Report of an investigation into the causes of malaria in Bombay and the measures necessary for its control
Disease focus: Malaria
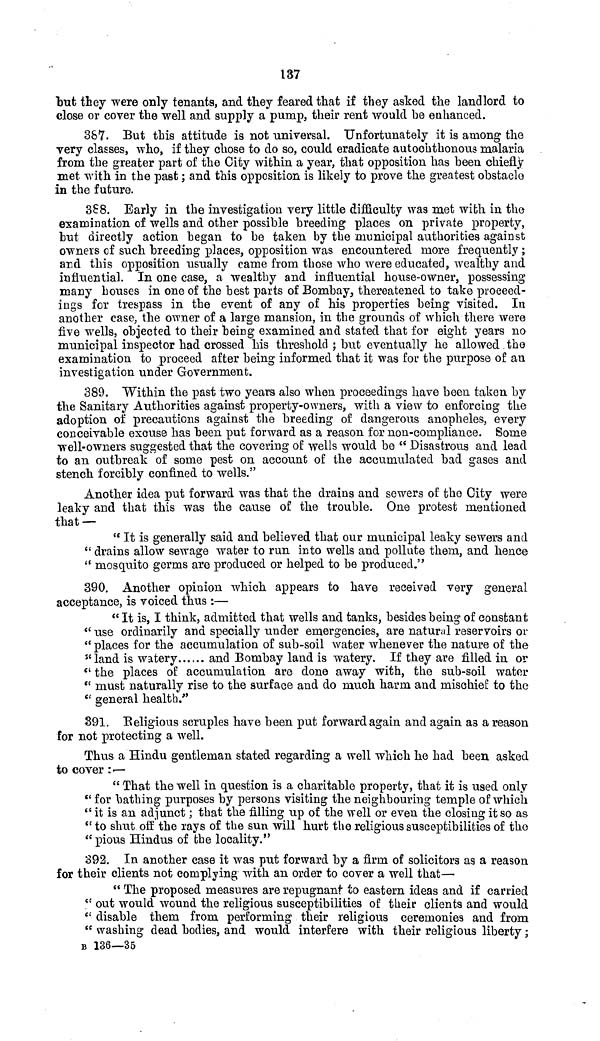
137
"but they were only tenants, and they feared that if they asked the landlord to
close or cover the well and supply a pump, their rent would be enhanced.
387. But this attitude is not universal. Unfortunately it is among the
very classes, who, if they chose to do so, could eradicate autochthonous malaria
from the greater part of the City within a year, that opposition has been chiefly
met with in the past; and this opposition is likely to prove the greatest obstacle
in the future.
388. Early in the investigation very little difficulty was met with in the
examination of wells and other possible breeding places on private property,
tut directly action began to be taken by the municipal authorities against
owners of such breeding places, opposition was encountered more frequently ;
and this opposition usually came from those who were educated, wealthy and
influential. In one case, a wealthy and influential house-owner, possessing
many houses in one of the best parts of Bombay, thereatened to take proceed-
ings for trespass in the event of any of his properties being visited. In
another case, the owner of a large mansion, in the grounds of which there were
five wells, objected to their being examined and stated that for eight years no
municipal inspector had crossed his threshold ; but eventually he allowed the
examination to proceed after being informed that it was for the purpose of an
investigation under Government.
389. "Within the past two years also when proceedings have been taken by
the Sanitary Authorities against property-owners, with a view to enforcing the
adoption of precautions against the breeding of dangerous anopheles, every
conceivable excuse has been put forward as a reason for non-compliance. Some
well-owners suggested that the covering of wells would be " Disastrous and lead
to an outbreak of some pest on account of the accumulated bad gases and
stench forcibly confined to wells."
Another idea put forward was that the drains and sewers of the City were
leaky and that this was the cause of the trouble. One protest mentioned
that —
" It is generally said and believed that our municipal leaky sewers and
" drains allow sewage water to run into wells and pollute them, and hence
" mosquito germs are produced or helped to be produced."
390. Another opinion which appears to have received very general
acceptance, is voiced thus :—
"It is, I think, admitted that wells and tanks, besides being of constant
" use ordinarily and specially under emergencies, are natural reservoirs or
" places for the accumulation of sub-soil water whenever the nature of the
"land is watery
and Bombay land is watery. If they are filled in or
" the places of accumulation are done away with, the sub-soil water
" must naturally rise to the surface and do much harm and mischief to the
" general health."
391. Religious scruples have been put forward again and again as a reason
for not protecting a well.
Thus a Hindu gentleman stated regarding a well which he had been asked
to cover :—
" That the well in question is a charitable property, that it is used only
" for bathing purposes by persons visiting the neighbouring temple of which
" it is an adjunct; that the filling up of the well or even the closing it so as
" to shut off the rays of the sun will hurt the religious susceptibilities of the
"pious Hindus of the locality."
392. In another case it was put forward by a firm of solicitors as a reason
for their clients not complying with an order to cover a well that—
" The proposed measures are repugnant to eastern ideas and if carried
" out would wound the religious susceptibilities of their clients and would
" disable them from performing their religious ceremonies and from
" washing dead bodies, and would interfere with their religious liberty;
B 136—35